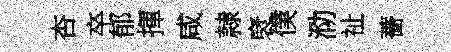
杏卒郁揮咸隷裦僕泐祉薔